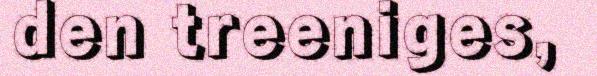
den treeniges,